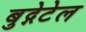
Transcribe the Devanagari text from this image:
बुद्गेटेल